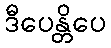
ဒီပေန္တိပေ